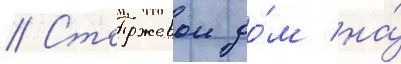
// Сторожевои до́м на́